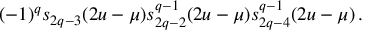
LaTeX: ( - 1 ) ^ { q } s _ { 2 q - 3 } ( 2 u - \mu ) s _ { 2 q - 2 } ^ { q - 1 } ( 2 u - \mu ) s _ { 2 q - 4 } ^ { q - 1 } ( 2 u - \mu ) \, .